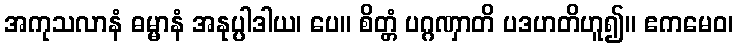
အကုသလာနံ ဓမ္မာနံ အနုပ္ပါဒါယ၊ ပေ။ စိတ္တံ ပဂ္ဂဏှာတိ ပဒဟတိဟူ၍။ ဧကမေဝ၊